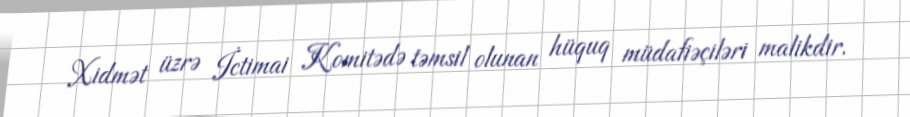
Xidmət üzrə İctimai Komitədə təmsil olunan hüquq müdafiəçiləri malikdir.